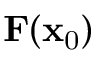
\mathbf { F } ( \mathbf { x } _ { \mathrm { 0 } } )